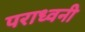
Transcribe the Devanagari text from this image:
पराध्वनी